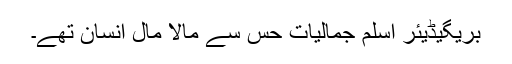
بریگیڈیئر اسلم جمالیات حس سے مالا مال انسان تھے۔